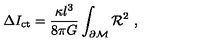
\Delta I _ { \mathrm { c t } } = { \frac { \kappa l ^ { 3 } } { 8 \pi G } } \int _ { \partial { \cal M } } { \cal R } ^ { 2 } \ ,